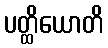
ပတ္ထိယောတိ